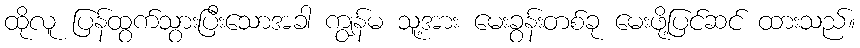
ထိုလူ ပြန်ထွက်သွားပြီးသောအခါ ကျွန်မ သူ့အား မေးခွန်းတစ်ခု မေးဖို့ပြင်ဆင် ထားသည်။